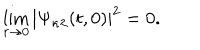
\lim _ { r \rightarrow 0 } | \Psi _ { \kappa \lambda } ( t , 0 ) | ^ { 2 } = 0 .